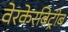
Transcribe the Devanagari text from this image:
वेरकेरबिट्रीब